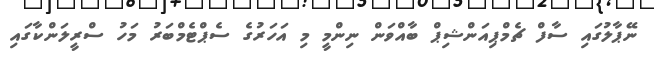
ނޭޕާލުގައި ސާފް ޗެމްޕިއަންޝިޕް ބާއްވަން ނިންމީ މި އަހަރުގެ ސެޕްޓެމްބަރު މަހު ސްރީލަންކާގައި